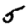
Digit: 5